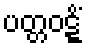
ပတ္တဝဋ္ဋိံ